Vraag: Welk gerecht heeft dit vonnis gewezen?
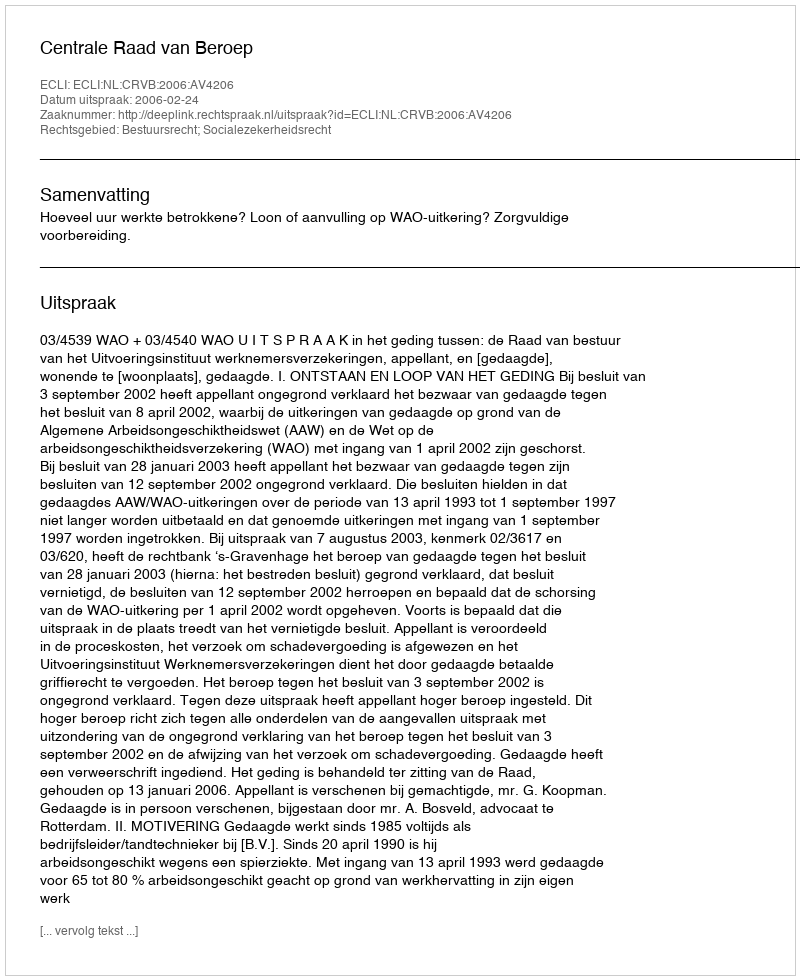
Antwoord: Centrale Raad van Beroep